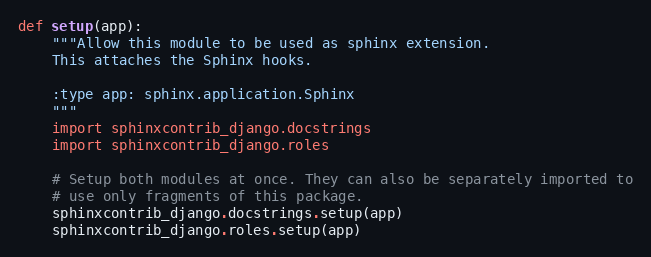
Language: Python
def setup(app):
    """Allow this module to be used as sphinx extension.
    This attaches the Sphinx hooks.

    :type app: sphinx.application.Sphinx
    """
    import sphinxcontrib_django.docstrings
    import sphinxcontrib_django.roles

    # Setup both modules at once. They can also be separately imported to
    # use only fragments of this package.
    sphinxcontrib_django.docstrings.setup(app)
    sphinxcontrib_django.roles.setup(app)